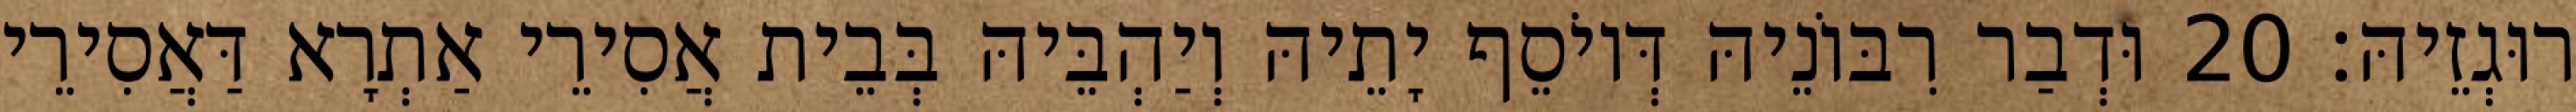
רוּגְזֵיהּ׃ 20 וּדְבַר רִבּוֹנֵיהּ דְּיוֹסֵף יָתֵיהּ וְיַהְבֵּיהּ בְּבֵית אֲסִירֵי אַתְרָא דַּאֲסִירֵי